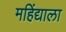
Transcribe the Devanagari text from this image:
महिंद्याला